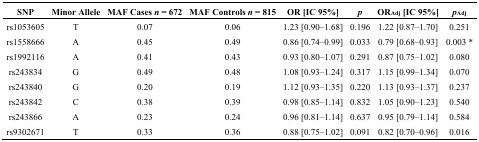
<table><thead><tr><td><b>SNP</b></td><td><b>Minor Allele</b></td><td><b>MAF Cases <i>n</i> = 672</b></td><td><b>MAF Controls <i>n</i> = 815</b></td><td><b>OR [IC 95%]</b></td><td><b><i>p</i></b></td><td><b>OR<sub>Adj</sub> [IC 95%]</b></td><td><b><i>p</i><sub>Adj</sub></b></td></tr></thead><tbody><tr><td>rs1053605</td><td>T</td><td>0.07</td><td>0.06</td><td>1.23 [0.90–1.68]</td><td>0.196</td><td>1.22 [0.87–1.70]</td><td>0.251</td></tr><tr><td>rs1558666</td><td>A</td><td>0.45</td><td>0.49</td><td>0.86 [0.74–0.99]</td><td>0.033</td><td>0.79 [0.68–0.93]</td><td>0.003 *</td></tr><tr><td>rs1992116</td><td>A</td><td>0.41</td><td>0.43</td><td>0.93 [0.80–1.07]</td><td>0.291</td><td>0.87 [0.75–1.02]</td><td>0.080</td></tr><tr><td>rs243834</td><td>G</td><td>0.49</td><td>0.48</td><td>1.08 [0.93–1.24]</td><td>0.317</td><td>1.15 [0.99–1.34]</td><td>0.070</td></tr><tr><td>rs243840</td><td>G</td><td>0.20</td><td>0.19</td><td>1.12 [0.93–1.35]</td><td>0.220</td><td>1.13 [0.93–1.37]</td><td>0.237</td></tr><tr><td>rs243842</td><td>C</td><td>0.38</td><td>0.39</td><td>0.98 [0.85–1.14]</td><td>0.832</td><td>1.05 [0.90–1.23]</td><td>0.540</td></tr><tr><td>rs243866</td><td>A</td><td>0.23</td><td>0.24</td><td>0.96 [0.81–1.14]</td><td>0.637</td><td>0.95 [0.79–1.14]</td><td>0.584</td></tr><tr><td>rs9302671</td><td>T</td><td>0.33</td><td>0.36</td><td>0.88 [0.75–1.02]</td><td>0.091</td><td>0.82 [0.70–0.96]</td><td>0.016</td></tr></tbody></table>